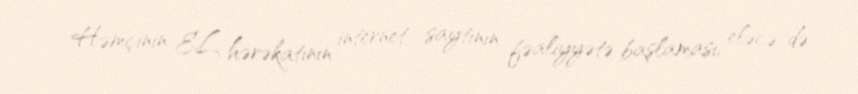
Həmçinin EL hərəkatının internet saytının fəaliyyətə başlaması, eləcə də